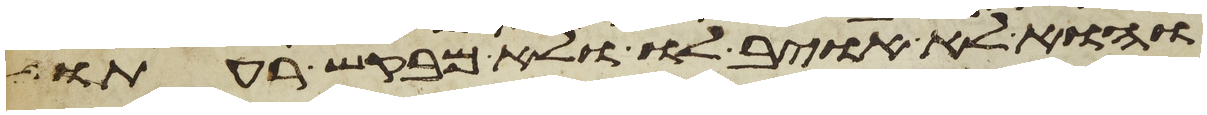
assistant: והוא לא אויב לו ולא מבקש רעתו